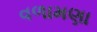
વળામણા